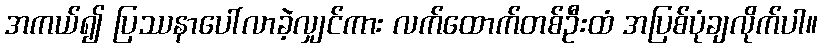
အကယ်၍ ပြဿနာပေါ်လာခဲ့လျှင်ကား လက်ထောက်တစ်ဦးထံ အပြစ်ပုံချလိုက်ပါ။